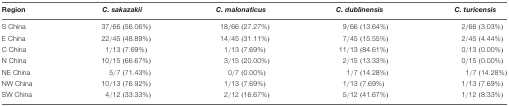
| Region | C. sakazakii | C. malonaticus | C. dublinensis | C. turicensis |
 | --- | --- | --- | --- | --- |
 | S China | 37/66 (56.06%) | 18/66 (27.27 %) | 9/66 (13.64%) | 2/66 (3.03%) |
 | E China | 22/45 (48.89%) | 14/45 (31.11%) | 7/45 (15.55%) | 2/45 (4.44%) |
 | C China | 1/13 (7.69%) | 1/13 (7.69%) | 11/13 (84.61%) | 0/13 (0.00%) |
 | N China | 10/15 (66.67%) | 3/15 (20.00%) | 2/15 (13.33%) | 0/15 (0.00%) |
 | NE China | 5/7 (71.43 %) | 0/7 (0.00%) | 1/7 (14.28%) | 1/7 (14.28%) |
 | NW China | 10/13 (76.92%) | 1/13 (7.69%) | 1/13 (7.69%) | 1/13 (7.69%) |
 | SW China | 4/12 (33.33%) | 2/12 (16.67%) | 5/12 (41.67%) | 1/12 (8.33%) |